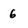
Character: 6